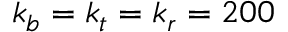
k _ { b } = k _ { t } = k _ { r } = 2 0 0